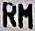
RM